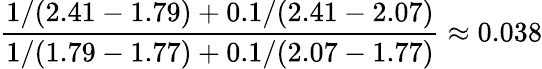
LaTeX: \frac{1/(2.41-1.79)+0.1/(2.41-2.07)}{1/(1.79-1.77)+0.1/(2.07-1.77)}\approx 0.038